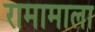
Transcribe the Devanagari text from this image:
रामामाला